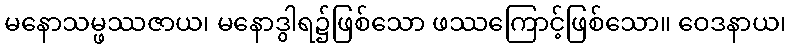
မနောသမ္ဖဿဇာယ၊ မနောဒွါရ၌ဖြစ်သော ဖဿကြောင့်ဖြစ်သော။ ဝေဒနာယ၊